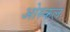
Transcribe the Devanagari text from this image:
ओरुकल